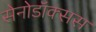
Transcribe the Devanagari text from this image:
सेनोडॉक्सस